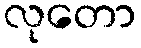
လုတော